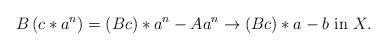
LaTeX: \begin{align*}B\left(c*a^n\right)=(Bc)*a^n-Aa^n\to (Bc)*a-b~\mbox{in}~X.\end{align*}